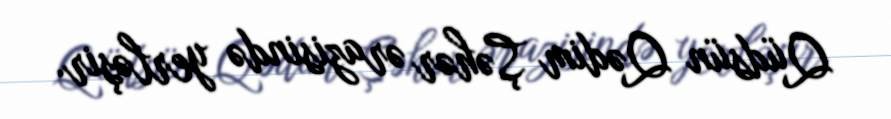
Qüdsün Qədim Şəhər ərazisində yerləşir.